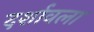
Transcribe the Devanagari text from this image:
दर्शावला